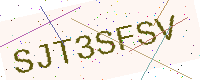
Text: SJT3SFSV